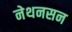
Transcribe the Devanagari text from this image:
नेथनसन